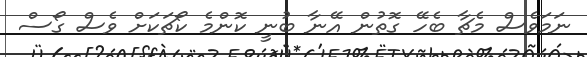
ނަމަވެސް މެޗާ ބެހޭ ގޮތުން އޭނާ ބުނީ ކޮންމެ ކޯޗަކަށް ވެސް ގޯސް